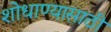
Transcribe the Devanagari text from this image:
शोधाण्यासाठी